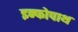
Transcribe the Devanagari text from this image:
इन्फोपाथ